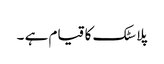
پلاسٹک کا قیام ہے ۔